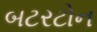
બટરટોન